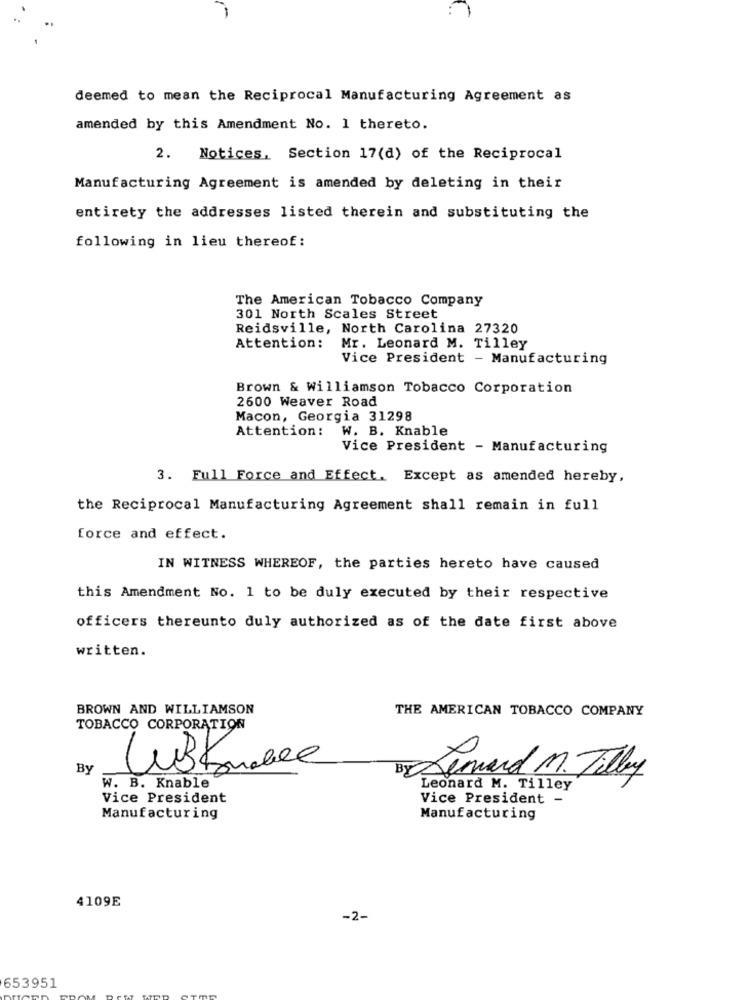
deemed to mean the Reciprocal Manufacturing Agreement as
amended by this Amendment No. 1 thereto.
2. Notices, Section 17(d) of the Reciprocal
Manufacturing Agreement is amended by deleting in their
entirety the addresses listed therein and substituting the
following in lieu thereof:
The American Tobacco Company
301 North Scales Street
Reidsville, North Carolina 27320
Attention:
Mr. Leonard M. Tilley
Vice President - Manufacturing
Brown & Williamson Tobacco Corporation
2600 Weaver Road
Macon, Georgia 31298
Attention: W. B. Knable
Vice President - Manufacturing
3. Full Force and Effect. Except as amended hereby,
the Reciprocal Manufacturing Agreement shall remain in full
force and effect.
IN WITNESS WHEREOF, the parties hereto have caused
this Amendment No. 1 to be duly executed by their respective
officers thereunto duly authorized as of the date first above
written.
BROWN AND WILLIAMSON
THE AMERICAN TOBACCO COMPANY
TOBACCO CORPORATION
By
Jemand M. Tilby
W. B. Knable
Leonard M. Tilley
Vice President
Vice President -
Manufacturing
Manufacturing
4109E
-2-
653951